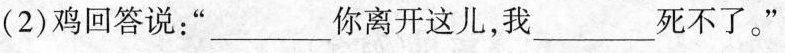
(2)鸡回答说：”___你离开这儿，我___死不了。”